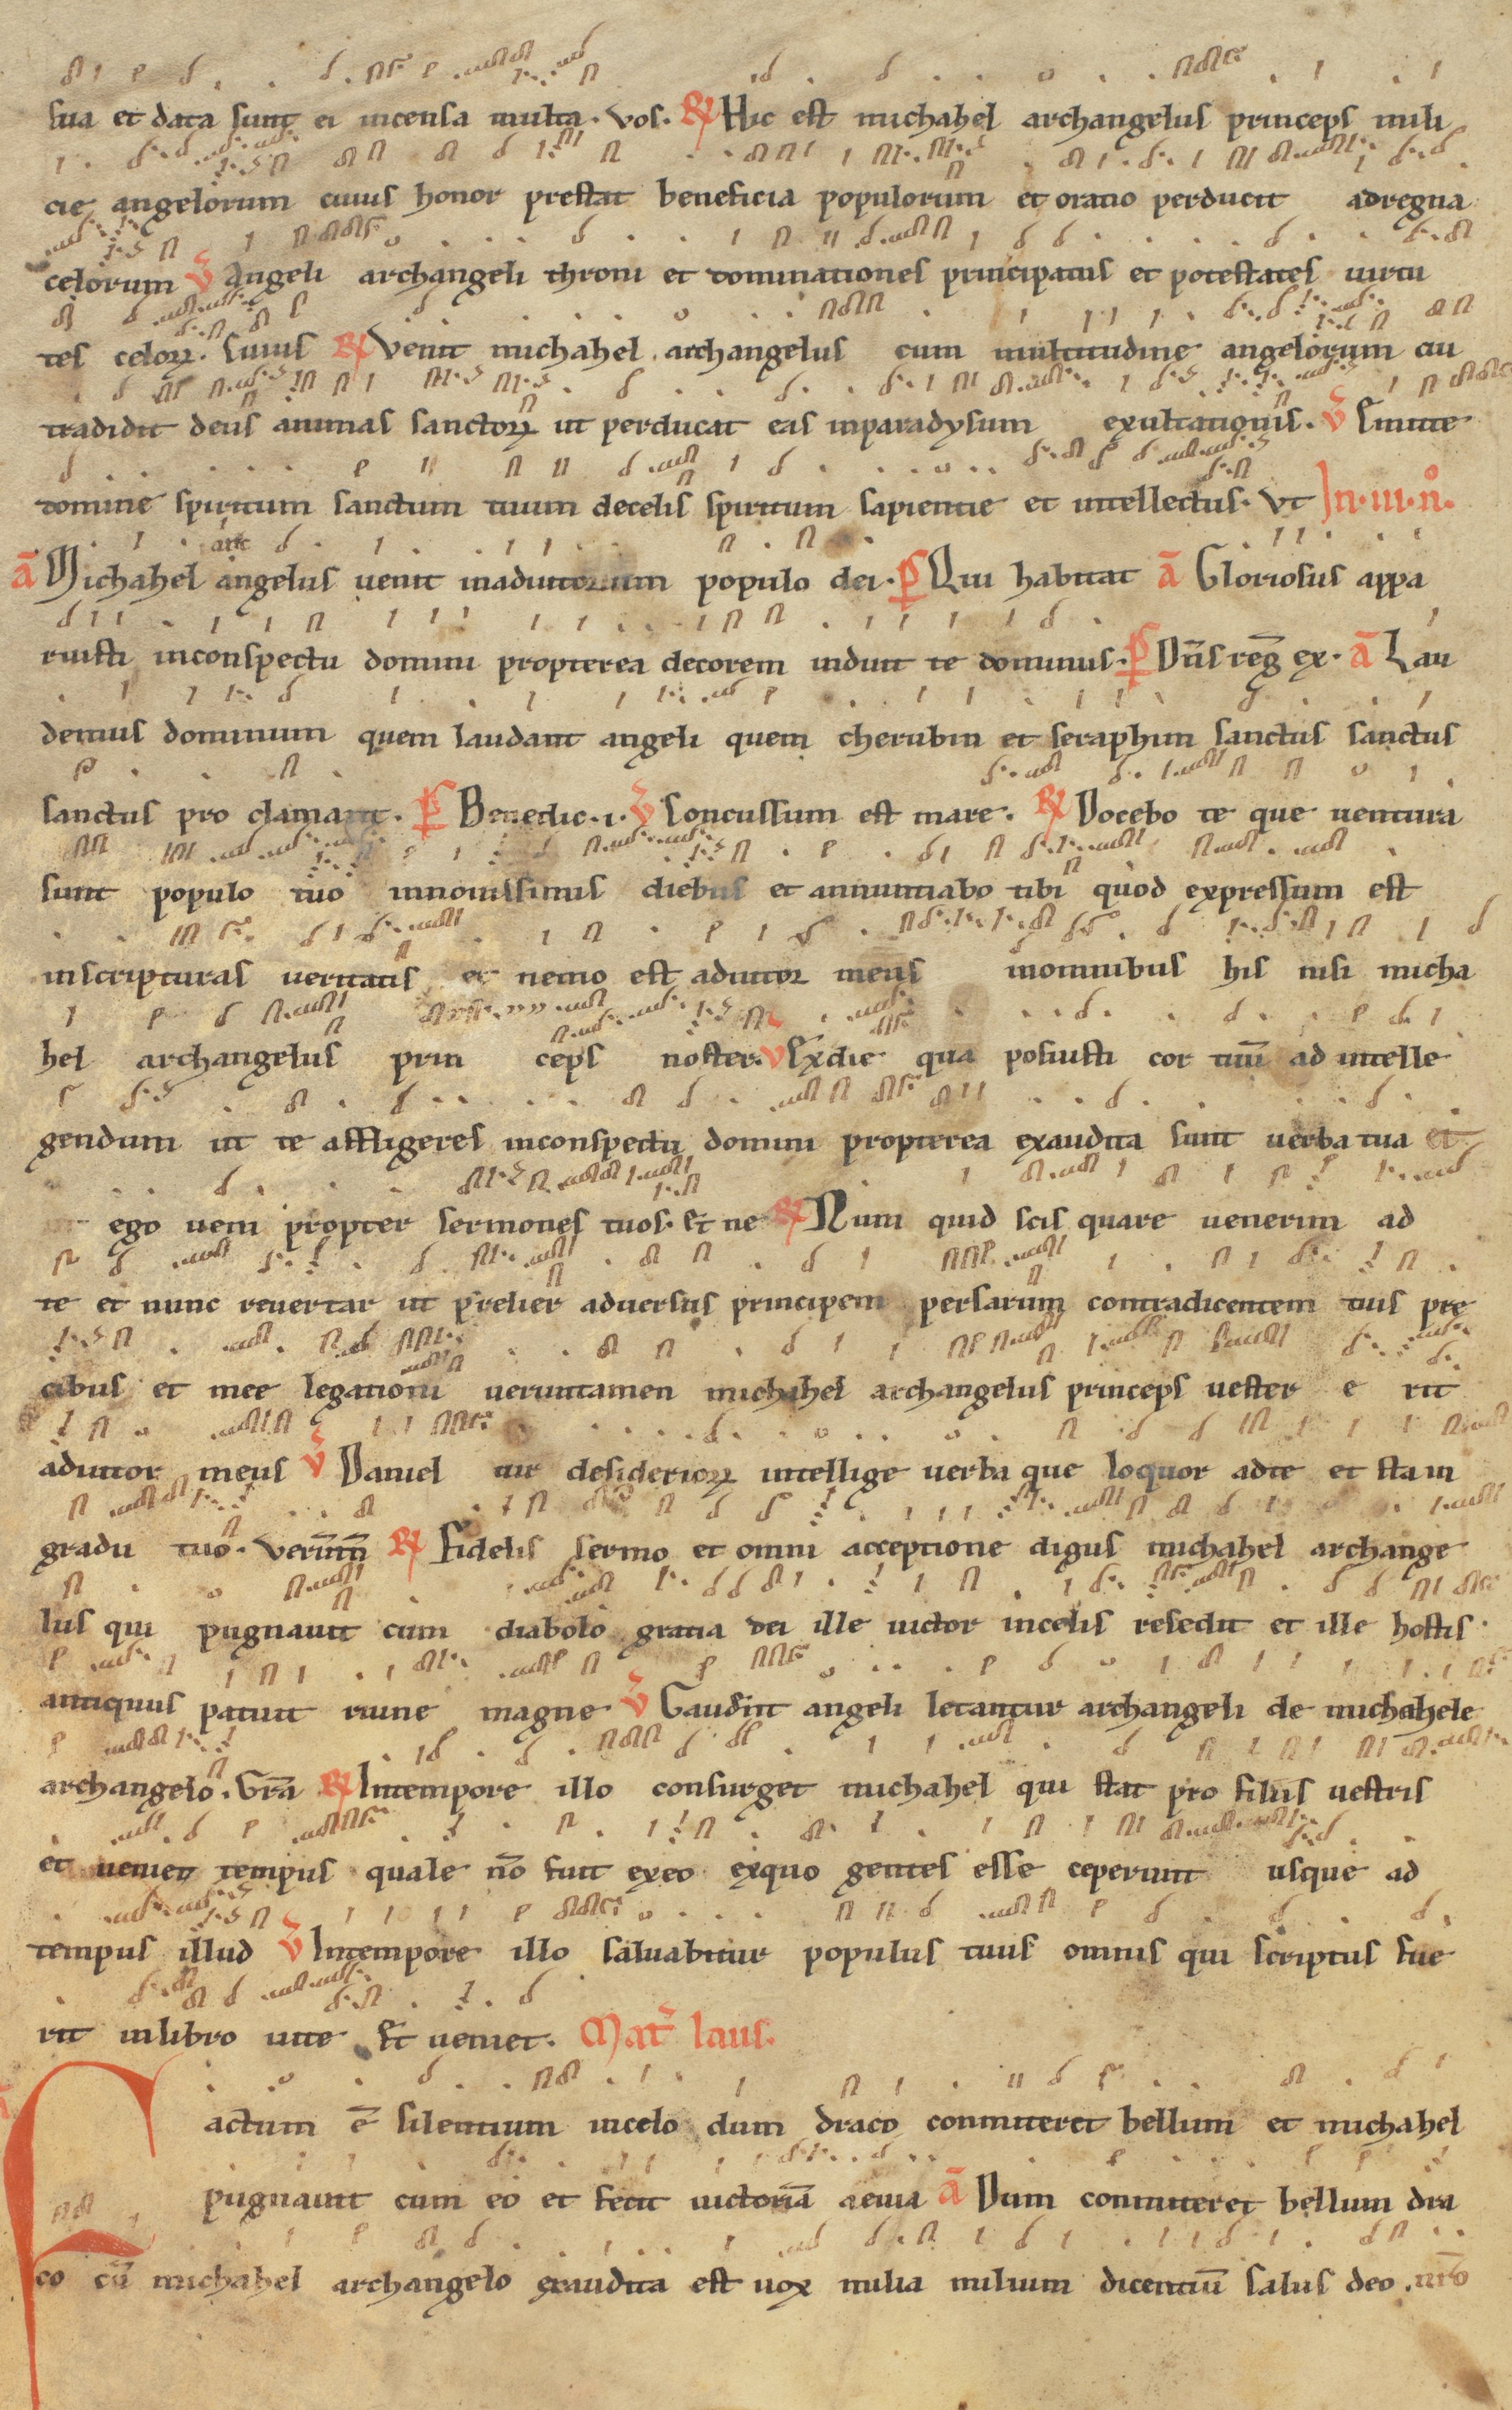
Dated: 1200–1299